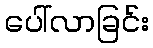
ပေါ်လာခြင်း